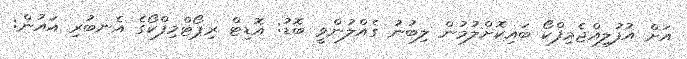
އަށް އުފުލިއްޖެމިފްކޯ ބައިކޮށްލުމުން ލިބުނު ގެއްލުންވީ ބޮޑު: އޮޑިޓް ރިޕޯޓްމިފްކޯގެ އެނބުރި އައުން: